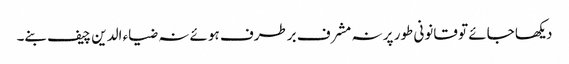
دیکھا جائے تو قانونی طور پر نہ مشرف برطرف ہوئے نہ ضیاء الدین چیف بنے۔